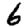
Digit: 6